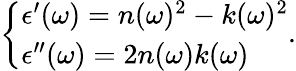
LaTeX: \left\{ \begin{array}{l}{\epsilon^{\prime}(\omega)=n(\omega)^{2}-k(\omega)^{2}}\\ {\epsilon^{\prime\prime}(\omega)=2n(\omega)k(\omega)}\end{array}\right..